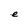
Character: e